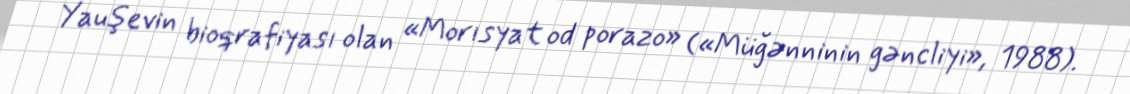
Yauşevin bioqrafiyası olan «Morısyat od porazo» («Müğənninin gəncliyi», 1988).